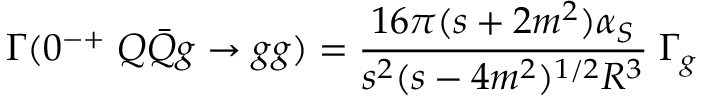
\Gamma ( 0 ^ { - + } \; Q \bar { Q } g \rightarrow g g ) = { \frac { 1 6 \pi ( s + 2 m ^ { 2 } ) \alpha _ { S } } { s ^ { 2 } ( s - 4 m ^ { 2 } ) ^ { 1 / 2 } R ^ { 3 } } } \; \Gamma _ { g }